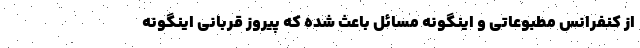
از کنفرانس مطبوعاتی و اینگونه مسائل باعث شده که پیروز قربانی اینگونه